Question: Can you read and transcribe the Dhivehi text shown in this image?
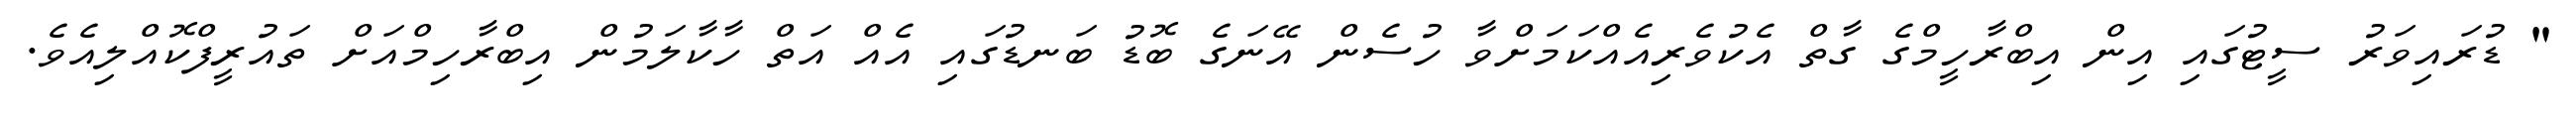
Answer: " ޑުރައިވަރު ސީޓުގައި އިން އިބްރާހީމްގެ ގާތް އެކުވެރިއެއްކަމަށްވާ ހުސެން އޭނަގެ ބޮޑު ބަނޑުގައި އެއް އަތް ހާކާލަމުން އިބްރާހިމްއަށް ތައުރީފްކޮއްލިއެވެ.